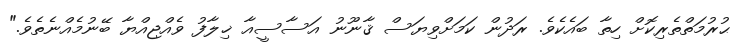
ޙުރުމަތްތެރިކޮށް ހިތާ ބައެކެވެ. ރަދުން ކަމަށްވިޔަސް ޤާނޫނު އަސާސީއާ ޚިލާފު ވެއްޖިއްޔާ ބޭނުމެއްނެތެވެ."